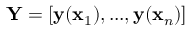
\mathbf Y = [ \mathbf y ( \mathbf x _ { 1 } ) , . . . , \mathbf y ( \mathbf x _ { n } ) ]